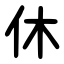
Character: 休